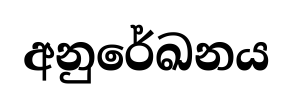
අනුරේඛනය